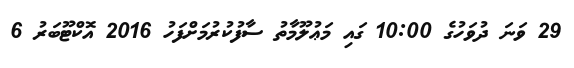
29 ވަނަ ދުވަހުގެ 10:00 ގައި މަޢުލޫމާތު ސާފުކުރުމަށްފަހު 2016 އޮކްޓޫބަރު 6